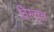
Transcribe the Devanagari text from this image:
विस्त्तृत